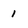
Character: 1